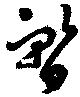
暫